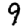
Digit: 9